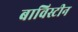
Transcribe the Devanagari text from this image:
बाविस्टीन